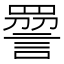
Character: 𧪔